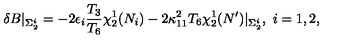
\delta B \vert _ { \Sigma _ { 2 } ^ { i } } = - 2 \epsilon _ { i } { \frac { T _ { 3 } } { T _ { 6 } } } \chi _ { 2 } ^ { 1 } ( N _ { i } ) - 2 \kappa _ { 1 1 } ^ { 2 } T _ { 6 } \chi _ { 2 } ^ { 1 } ( N ^ { \prime } ) \vert _ { \Sigma _ { 2 } ^ { i } } , \ i = 1 , 2 ,